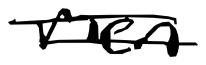
Text: men
Cross-out: double-line
Writing tool: digital_black